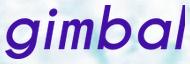
gimbal